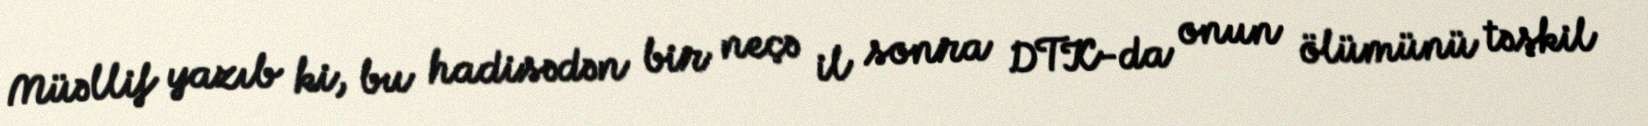
Müəllif yazıb ki, bu hadisədən bir neçə il sonra DTK-da onun ölümünü təşkil